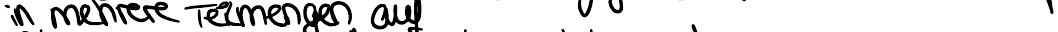
in mehrere Teilmengen auf